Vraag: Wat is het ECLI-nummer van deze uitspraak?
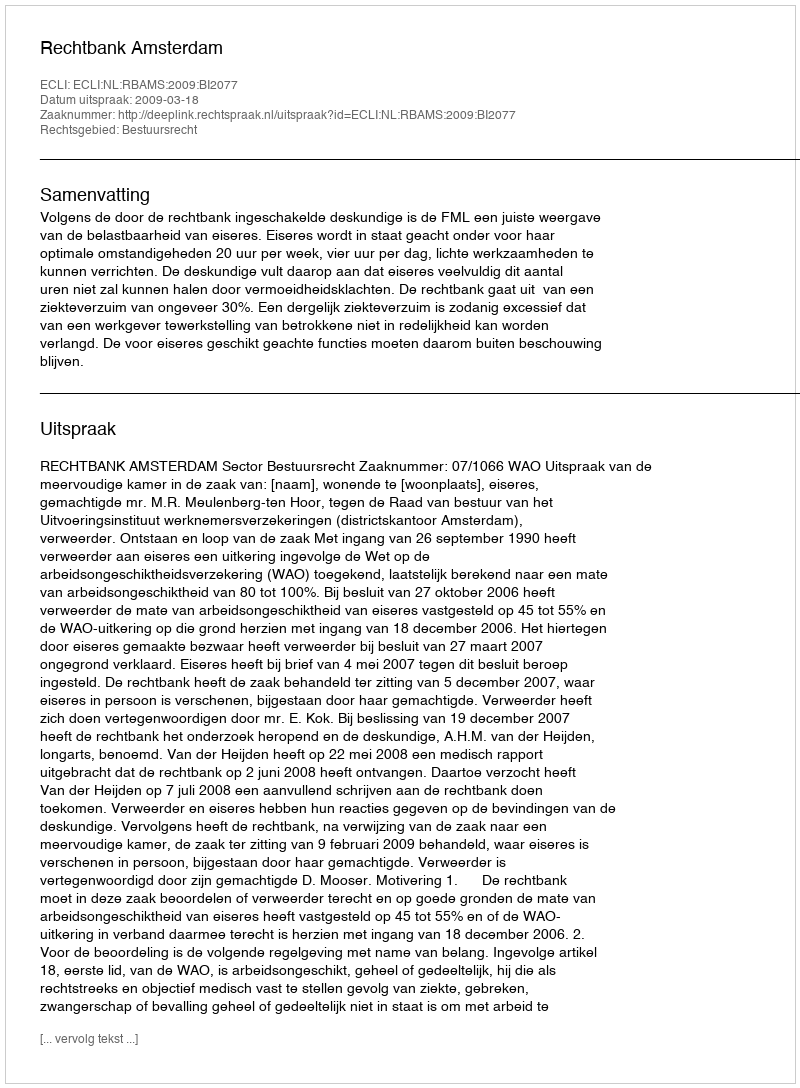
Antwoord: ECLI:NL:RBAMS:2009:BI2077